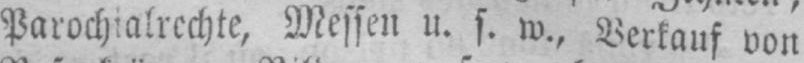
Parochialrechte, Messen u. s. w.,Verkauf von